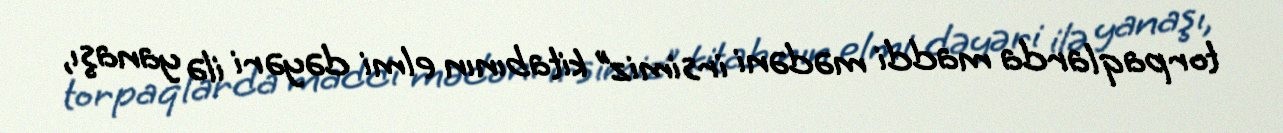
torpaqlarda maddi mədəni irsimiz” kitabının elmi dəyəri ilə yanaşı,